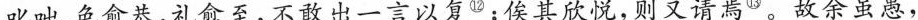
叱咄,色愈恭,礼愈至,不敢出一言以复^{⑫} ;侯其欣悦,则又请焉^{⑬}。故余虽愚，